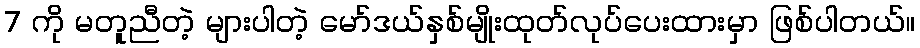
7 ကို မတူညီတဲ့ များပါတဲ့ မော်ဒယ်နှစ်မျိုးထုတ်လုပ်ပေးထားမှာ ဖြစ်ပါတယ်။